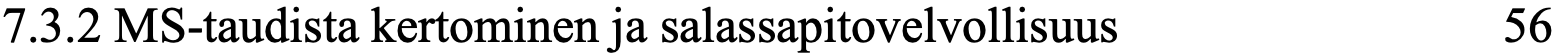
7.3.2 MS-taudista kertominen ja salassapitovelvollisuus 56